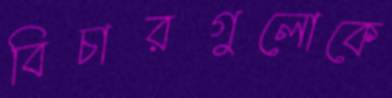
বিচারগুলোকে